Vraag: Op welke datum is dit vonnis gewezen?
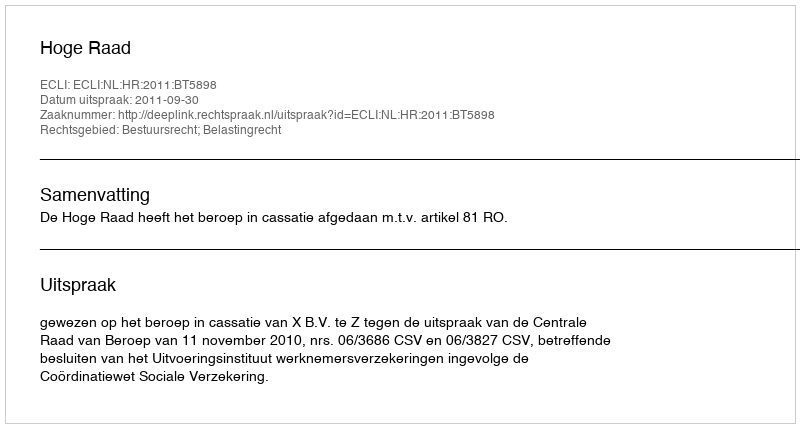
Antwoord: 2011-09-30